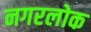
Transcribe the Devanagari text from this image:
नगरलोक